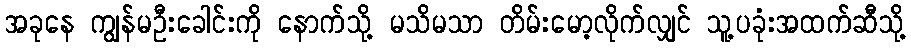
အခုနေ ကျွန်မဦးခေါင်းကို နောက်သို့ မသိမသာ တိမ်းမော့လိုက်လျှင် သူ့ပခုံးအထက်ဆီသို့